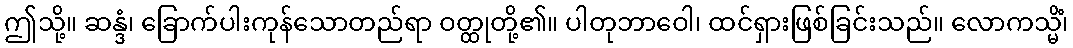
ဤသို့။ ဆန္ဒံ၊ ခြောက်ပါးကုန်သောတည်ရာ ဝတ္ထုတို့၏။ ပါတုဘာဝေါ၊ ထင်ရှားဖြစ်ခြင်းသည်။ လောကသ္မိံ၊